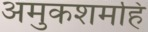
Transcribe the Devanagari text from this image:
अमुकशमहिं